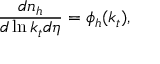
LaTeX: \frac { d n _ { h } } { d \ln k _ { t } d \eta } = \phi _ { h } ( k _ { t } ) ,